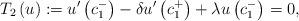
LaTeX: \begin{align*}T_{2}\left( u\right) :=u^{\prime }\left( c_{1}^{-}\right) -\delta u^{\prime}\left( c_{1}^{+}\right) +\lambda u\left( c_{1}^{-}\right) =0, \end{align*}